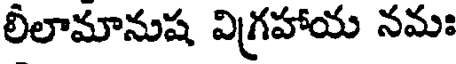
లీలామానుష విగ్రహాయ నమః